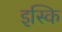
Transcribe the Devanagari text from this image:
इस्कि